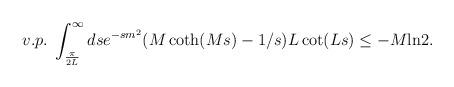
LaTeX: \begin{align*}v.p.\;\int_{\frac{\pi}{2L}}^\infty dse^{-sm^2}(M\coth(Ms) - 1/s)L\cot(Ls) \le -M\mbox{ln}2.\end{align*}